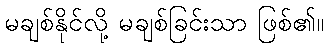
မချစ်နိုင်လို့ မချစ်ခြင်းသာ ဖြစ်၏။